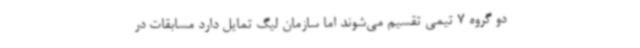
دو گروه 7 تیمی تقسیم می‌شوند اما سازمان لیگ تمایل دارد مسابقات در